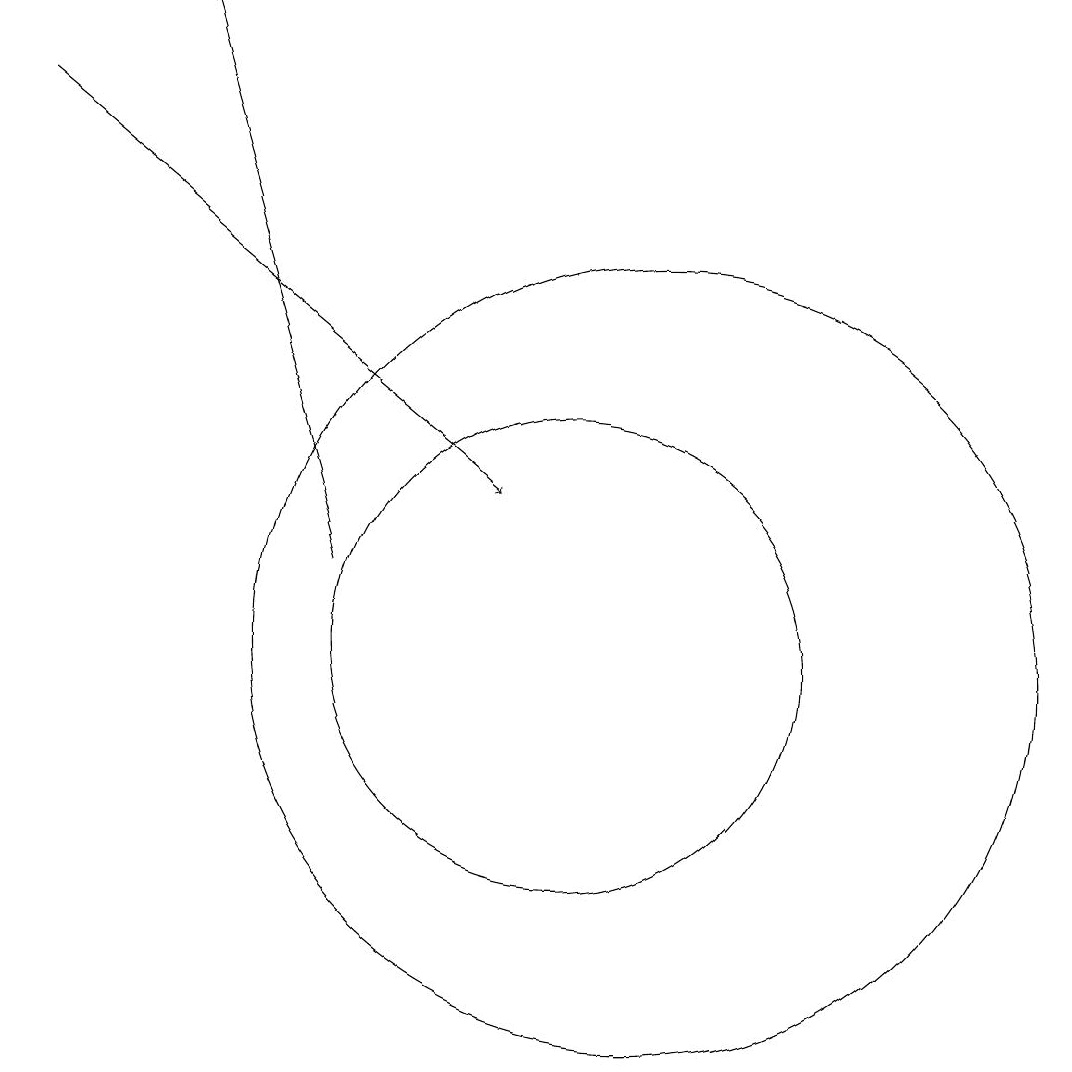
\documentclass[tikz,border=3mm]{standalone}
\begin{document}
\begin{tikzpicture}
\draw[->] (7,12) -- (5,19);
\draw (11,11) circle (5);
\draw[->] (3,18) -- (9,13);
\draw (10,11) circle (3);
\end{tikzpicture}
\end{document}